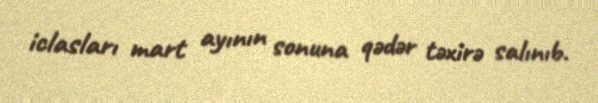
iclasları mart ayının sonuna qədər təxirə salınıb.